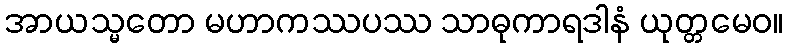
အာယသ္မတော မဟာကဿပဿ သာဓုကာရဒါနံ ယုတ္တမေဝ။